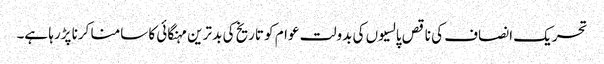
تحریک انصاف کی ناقص پالسیوں کی بدولت عوام کو تاریخ کی بد ترین مہنگائی کا سامنا کرنا پڑرہا ہے۔